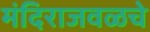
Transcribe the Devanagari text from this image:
मंदिराजवळचे